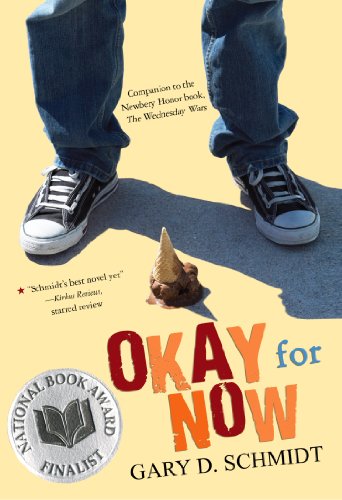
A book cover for Okay for Now; Gary D. Schmidt; Children's Books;